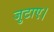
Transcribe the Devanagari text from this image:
जुटाए।